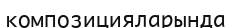
композицияларында